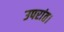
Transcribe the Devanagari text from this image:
उपरांत।